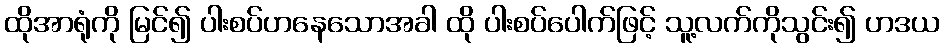
ထိုအာရုံကို မြင်၍ ပါးစပ်ဟနေသောအခါ ထို ပါးစပ်ပေါက်ဖြင့် သူ့လက်ကိုသွင်း၍ ဟဒယ